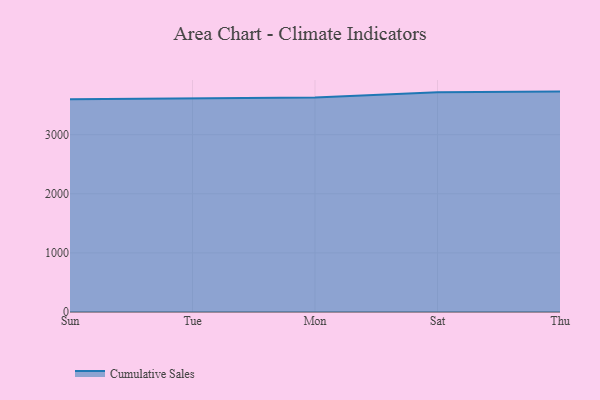
{"axis": {"x": "Day", "y": "Energy Usage (MWh)"}, "legend": ["Cumulative Sales"], "data": [{"x": "Sun", "y": 3601.2, "type": "Cumulative Sales"}, {"x": "Tue", "y": 3614.8, "type": "Cumulative Sales"}, {"x": "Mon", "y": 3630.1, "type": "Cumulative Sales"}, {"x": "Sat", "y": 3719.8, "type": "Cumulative Sales"}, {"x": "Thu", "y": 3729.5, "type": "Cumulative Sales"}]}